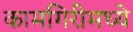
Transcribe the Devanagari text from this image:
कामगिरीमध्ये